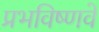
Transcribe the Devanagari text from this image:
प्रभविष्णवे